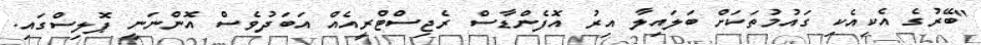
"ބޭރުގެ އެކިއެކި ގައުމުތަކަށް ބަލައިލާ އިރު އޮފެންޑާސް ރެޖިސްޓްރީއެއް އަބަދުވެސް އޮންނަނީ ޕޮލިސްގައި.